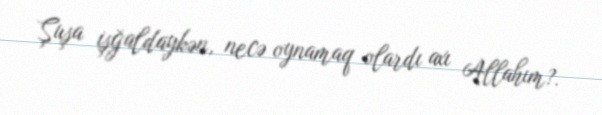
Şuşa işğaldaykən, necə oynamaq olardı axı Allahım?.